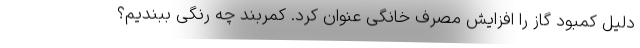
دلیل کمبود گاز را افزایش مصرف خانگی عنوان کرد. کمربند چه رنگی ببندیم؟